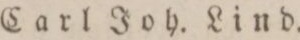
Carl Joh. Lind.